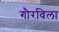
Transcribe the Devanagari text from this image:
गौरविला